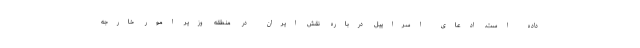
داده است. ادعای اسراییل درباره نقش ایران در منطقه وزیر امور خارجه